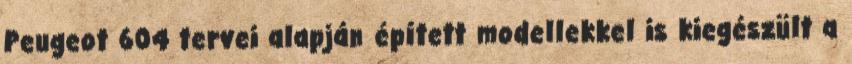
Peugeot 604 tervei alapján épített modellekkel is kiegészült a